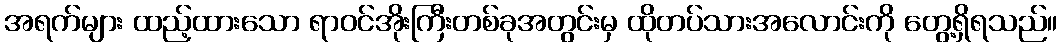
အရက်များ ထည့်ထားသော ရာဝင်အိုးကြီးတစ်ခုအတွင်းမှ ထိုတပ်သားအလောင်းကို တွေ့ရှိရသည်။